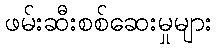
ဖမ်းဆီးစစ်ဆေးမှုများ